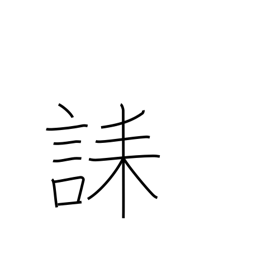
Meaning: condolence message